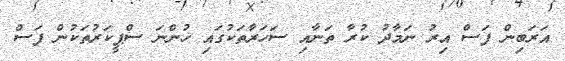
އަރަބިން ފަސް އިރު ނަމާދު ކުރާ ތަނާއި ސަހަރާތަކުގައި ހުންނަ ސްޕީކަރުތަކުން ފަސް